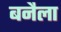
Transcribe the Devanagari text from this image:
बनैला